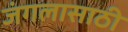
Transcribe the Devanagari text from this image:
जंगलासाठी